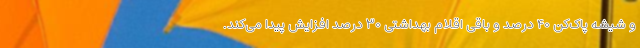
و شیشه پاک‌کن ۴۰ درصد و باقی اقلام بهداشتی ۳۰ درصد افزایش پیدا می‌کند.